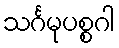
သင်္ဂမုပစ္စဂါ